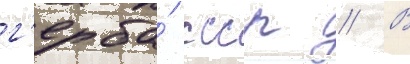
г'ерба́ ссср // В